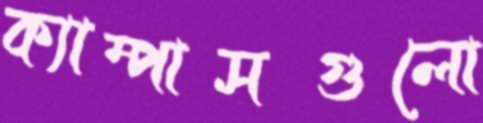
ক্যাম্পাসগুলো